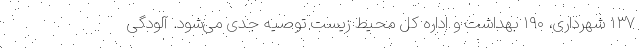
۱۳۷ شهرداری، ۱۹۰ بهداشت و اداره کل محیط زیست توصیه جدی می‌شود. آلودگی